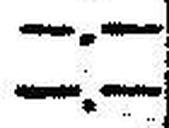
—.—